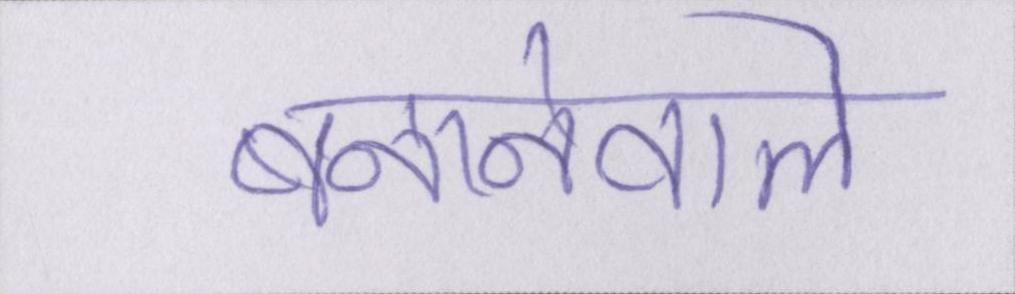
बनानेवाले